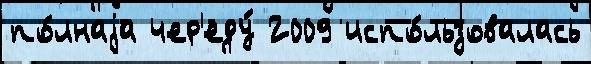
по́лнаjа чер'еду́ 2009 испо́льзовалась